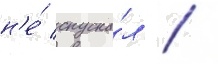
н'е́ спуска́л /